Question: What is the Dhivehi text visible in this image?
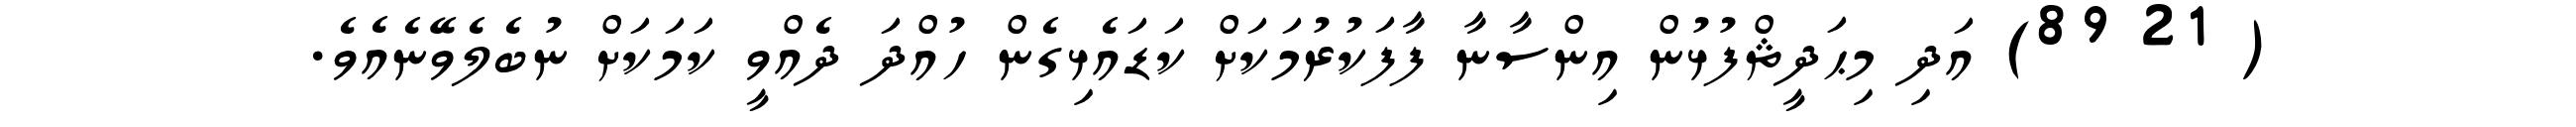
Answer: ( 21 89) އަދި މިޙަދީޘްފުޅުން އިންސާނާ ފާފަކުރުމަކަށް ކަޑައެޅިގެން ހުއްދަ ދެއްވީ ކަމަކަށް ނުބެލެވޭނެއެވެ.